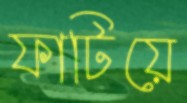
ফাটিয়ে